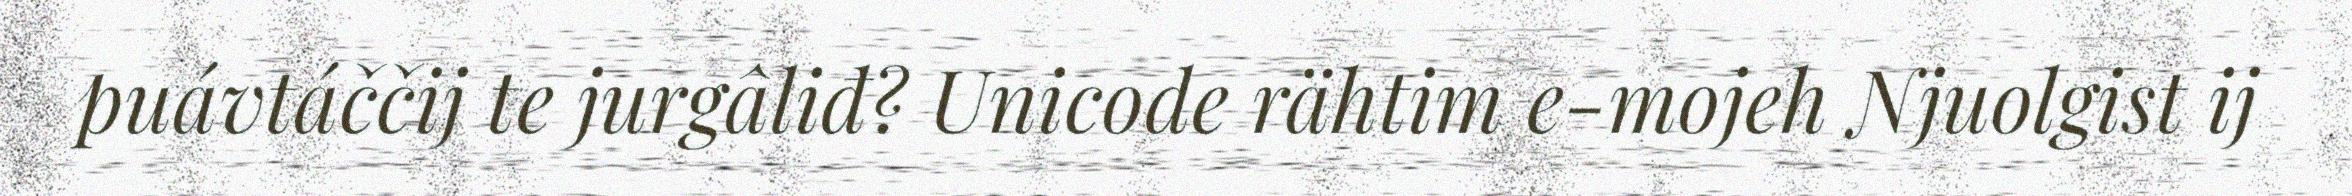
puávtáččij te jurgâliđ? Unicode rähtim e-mojeh Njuolgist ij